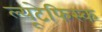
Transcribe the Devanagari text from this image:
ल्यूटेफिस्क